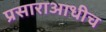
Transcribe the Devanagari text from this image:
प्रसाराआधीच